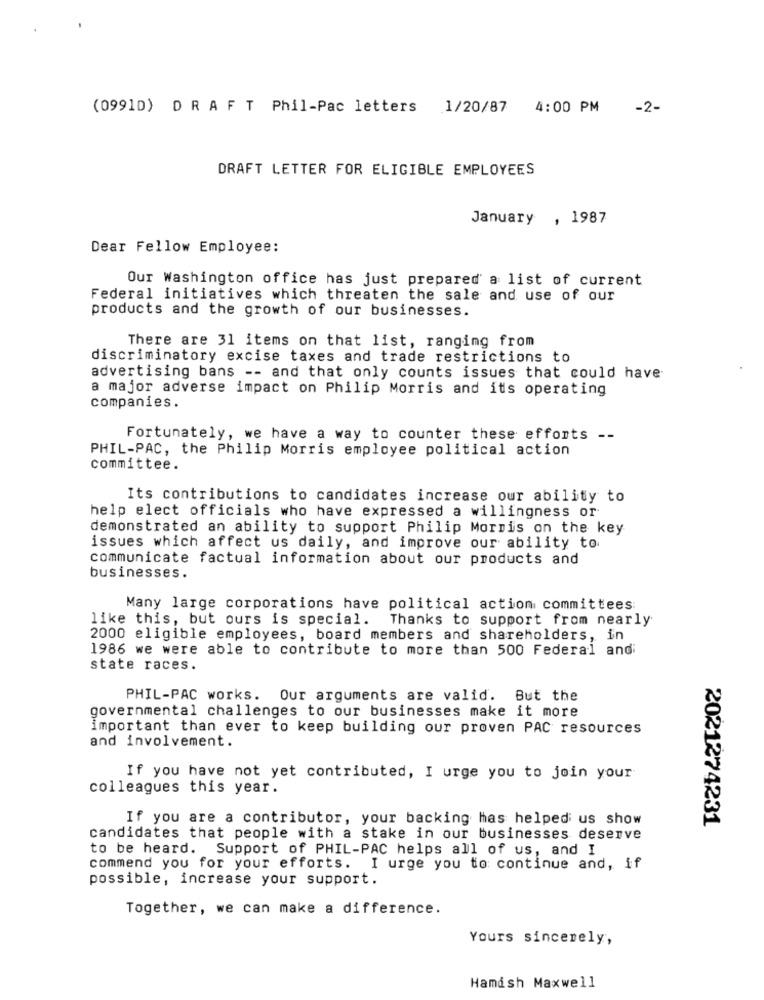
(0991D) D R A F T Phil-Pac letters 1/20/87 4:00 PM
-2-
DRAFT LETTER FOR ELIGIBLE EMPLOYEES
January
, 1987
Dear Fellow Employee:
Our Washington office has just prepared a list of current
Federal initiatives which threaten the sale and use of our
products and the growth of our businesses.
There are 31 items on that list, ranging from
discriminatory excise taxes and trade restrictions to
advertising bans -- and that only counts issues that could have
a major adverse impact on Philip Morris and its operating
companies.
Fortunately, we have a way to counter these efforts --
PHIL-PAC, the Philip Morris employee political action
committee.
Its contributions to candidates increase our ability to
help elect officials who have expressed a willingness or
demonstrated an ability to support Philip Morris on the key
issues which affect us daily, and improve our ability to
communicate factual information about our products and
businesses.
Many large corporations have political action committees
like this, but ours is special. Thanks to support from nearly
2000 eligible employees, board members and shareholders, in
1986 we were able to contribute to more than 500 Federal and
state races.
PHIL-PAC works. Our arguments are valid. But the
governmental challenges to our businesses make it more
important than ever to keep building our proven PAC resources
and involvement.
If you have not yet contributed, I urge you to join your
colleagues this year.
If you are a contributor, your backing has helped us show
2021274231
candidates that people with a stake in our businesses deserve
to be heard. Support of PHIL-PAC helps all of us, and I
commend you for your efforts. I urge you to continue and, if
possible, increase your support.
Together, we can make a difference.
Yours sincerely,
Hamish Maxwell